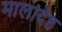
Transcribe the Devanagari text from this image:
मालादेह